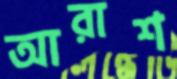
আরাশ